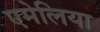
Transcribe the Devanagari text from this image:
एमेलिया